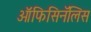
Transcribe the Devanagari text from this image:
ऑफिसिनॅलिस